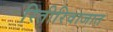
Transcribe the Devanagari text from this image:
रितीरिवाजात